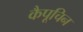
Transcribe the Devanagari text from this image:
कैपूचिन